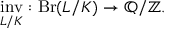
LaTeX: { \underset { L / K } { \operatorname { i n v } } } : \operatorname { B r } ( L / K ) \rightarrow \mathbb { Q } / \mathbb { Z } .